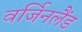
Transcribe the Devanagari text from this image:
वर्जिनलैंड